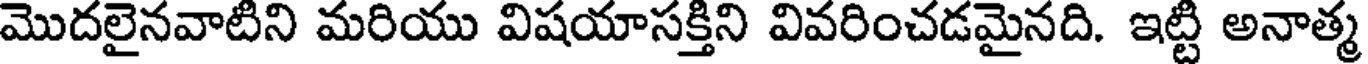
మొదలైనవాటిని మరియు విషయాసక్తిని వివరించడమైనది. ఇట్టి అనాత్మ